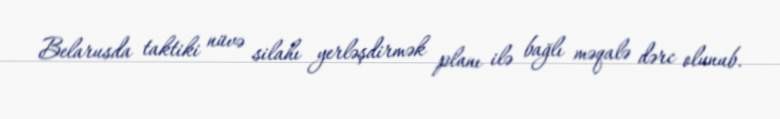
Belarusda taktiki nüvə silahı yerləşdirmək planı ilə bağlı məqalə dərc olunub.